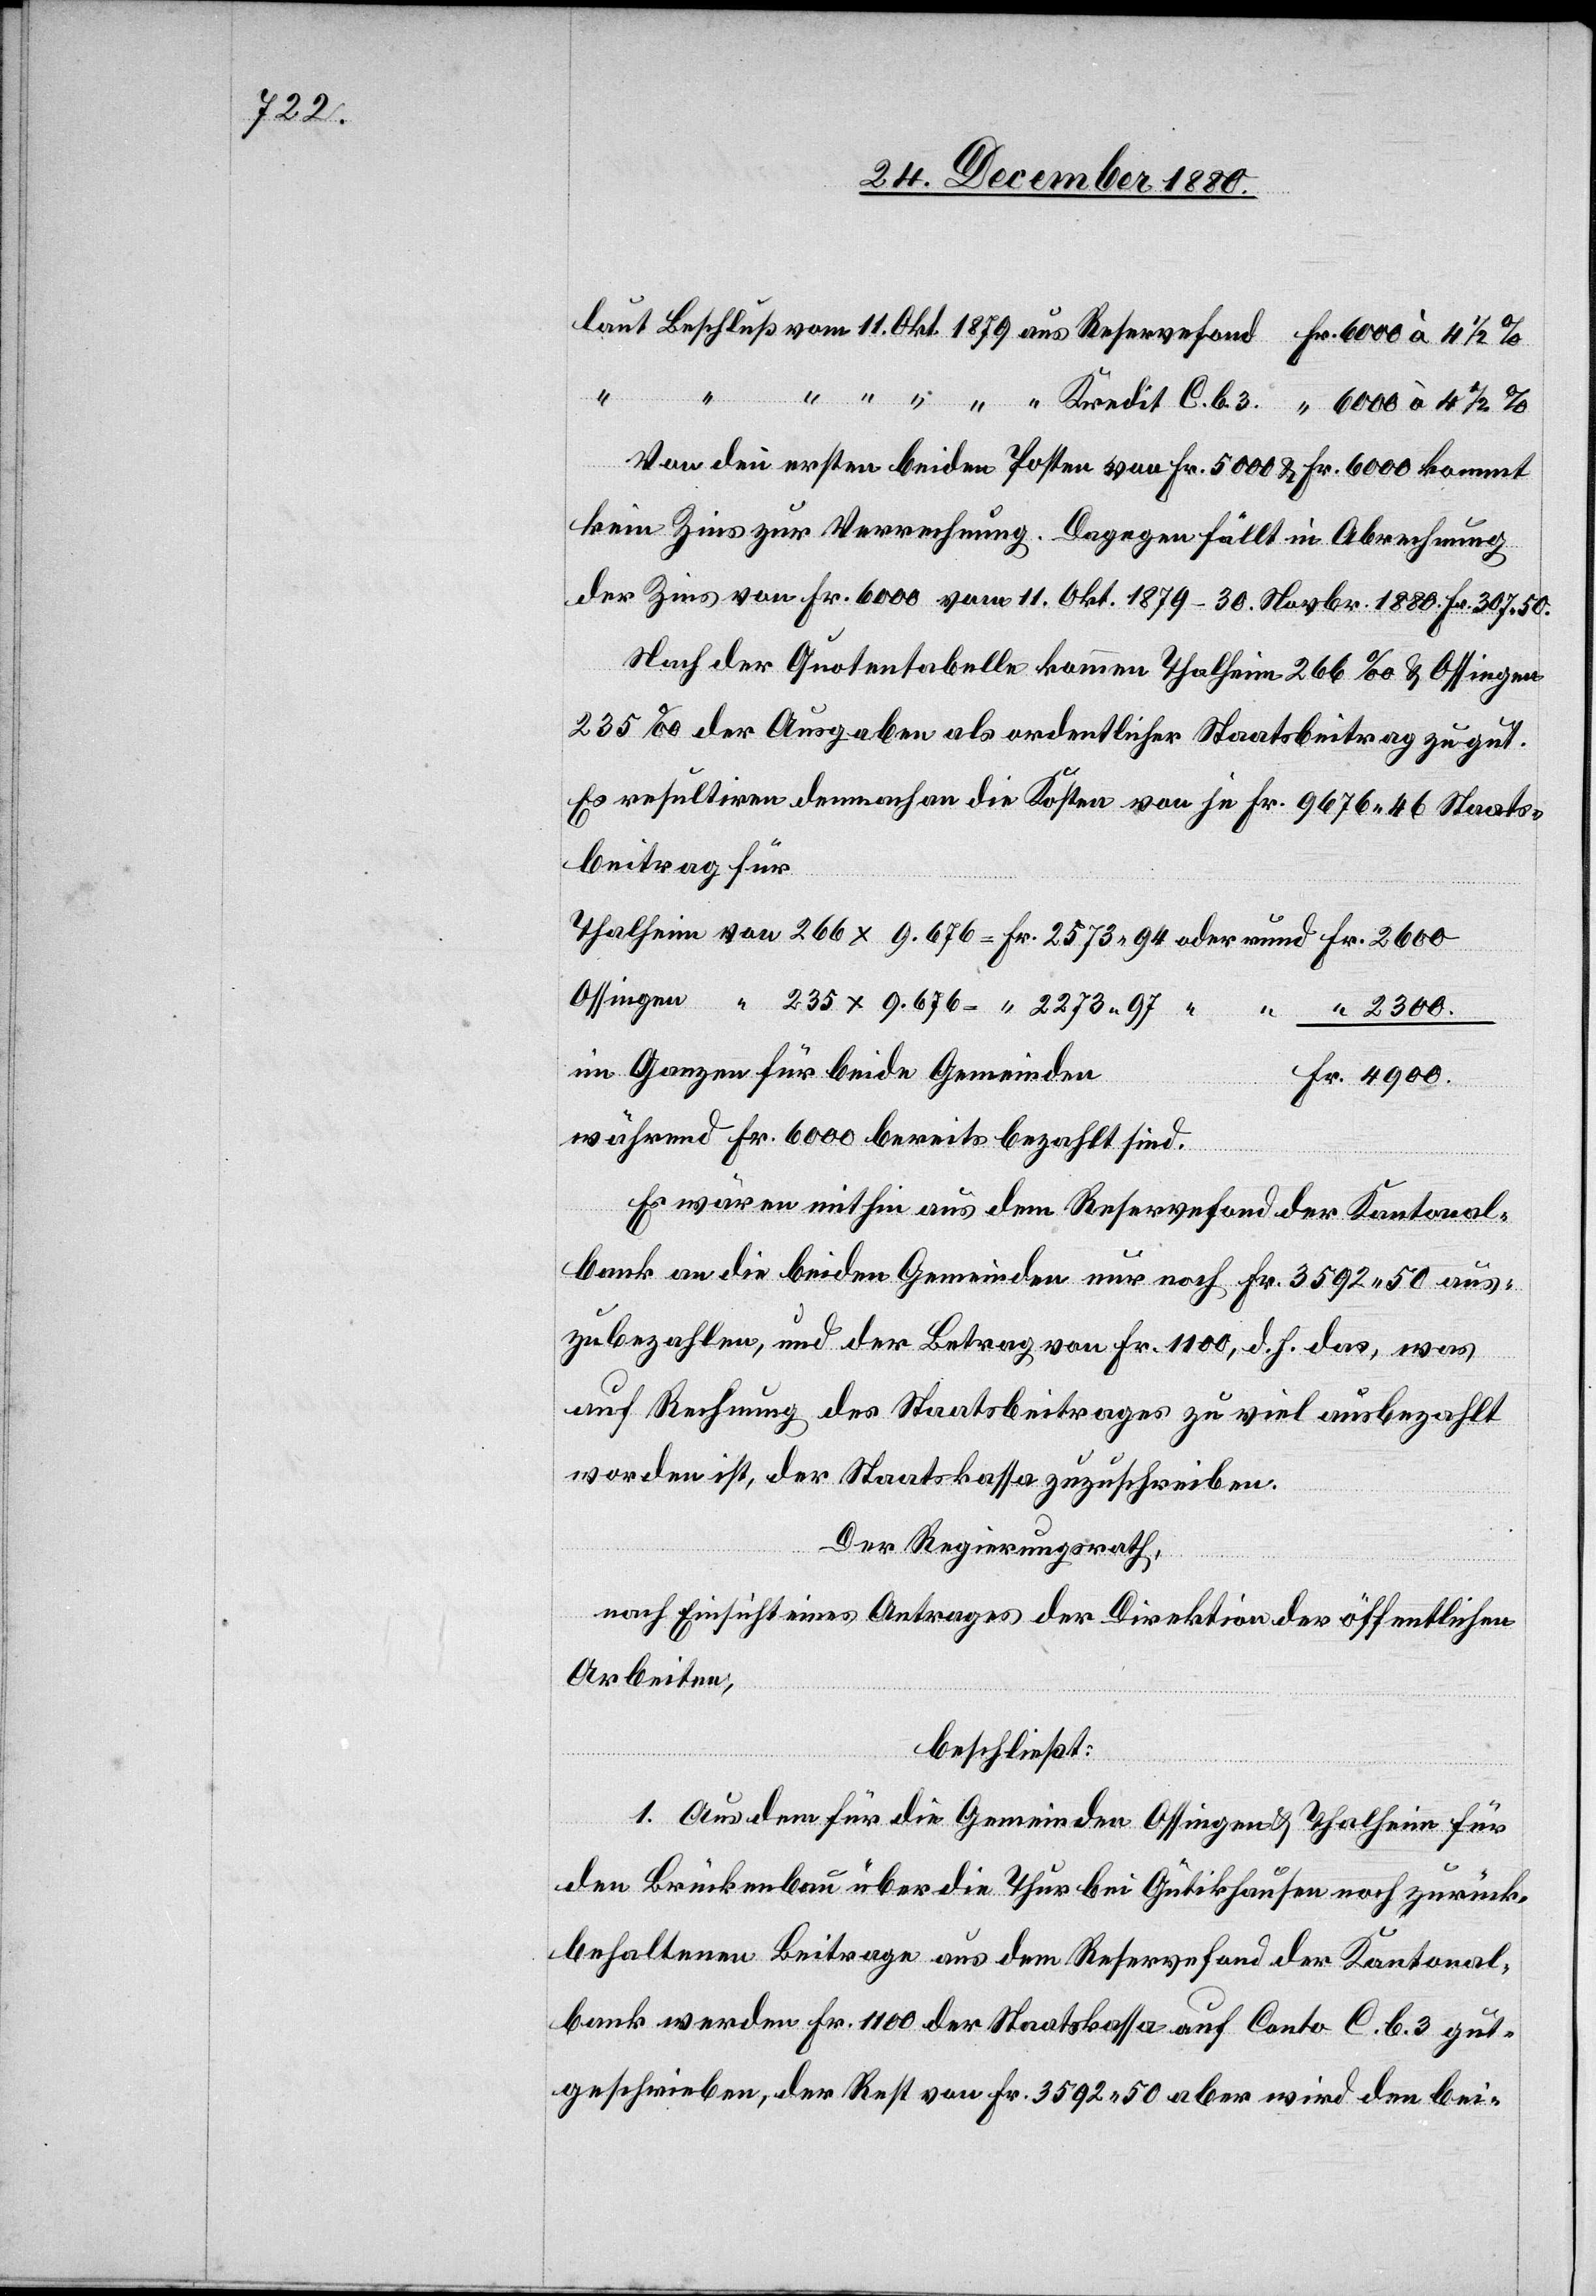
4900.
“
von
Von den ersten beiden Posten von Fr. 5000 & Fr. 6000 kommt
kein Zins zur Verrechnung. Dagegen fällt in Abrechnung
der Zins von Fr. 6000 vom 11. Okt. 1879–30. Novbr. 1880 Fr. 307.50.
Nach der Quotentabelle kommen Thalheim 266‰ & Ossingen
235‰ der Ausgaben als ordentlicher Staatsbeitrag zu gut.
Es resultiren demnach an die Kosten von je Fr. 9676 46 Staats¬
beitrag für
2300.
im Ganzen für beide Gemeinden
während Fr. 6000 bereits bezahlt sind.
Es wären mithin aus dem Reservefond der Kantonal¬
bank an die beiden Gemeinden nur noch Fr. 3592 50 aus¬
zubezahlen, und der Betrag von Fr. 1100, d. h. das, was
auf Rechnung des Staatsbeitrages zu viel ausbezahlt
worden ist, der Staatskassa zuzuschreiben.
Der Regierungsrath,
nach Einsicht eines Antrages der Direktion der öffentlichen
Arbeiten,
beschließt:
1. Aus dem für die Gemeinden Ossingen & Thalheim für
den Brückenbau über die Thur bei Gütikhausen noch zurück
behaltenen Beiträge aus dem Reservefond der Kantonal¬
bank werden Fr. 1100 der Staatskassa auf Conto C. b. 3 gut¬
geschrieben, der Rest von Fr. 3592 50 aber wird den bei-